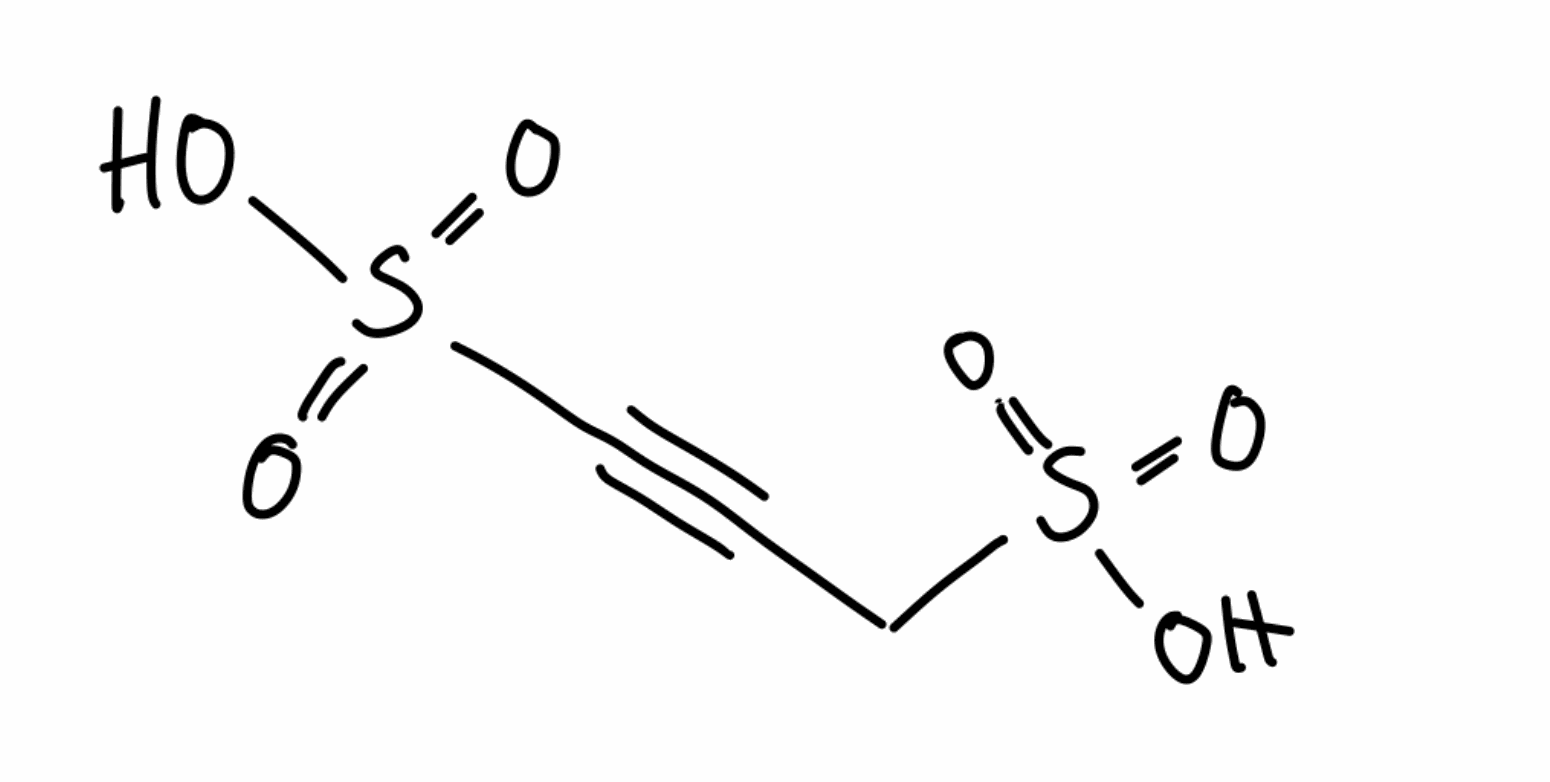
Simplified molecular-input line-entry system (SMILES) notation of the given molecule:
C(C#CS(=O)(=O)O)S(=O)(=O)O